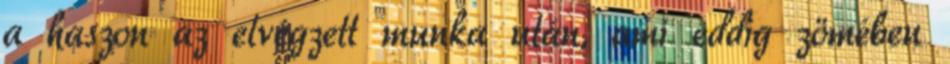
a haszon az elvégzett munka után, ami eddig zömében